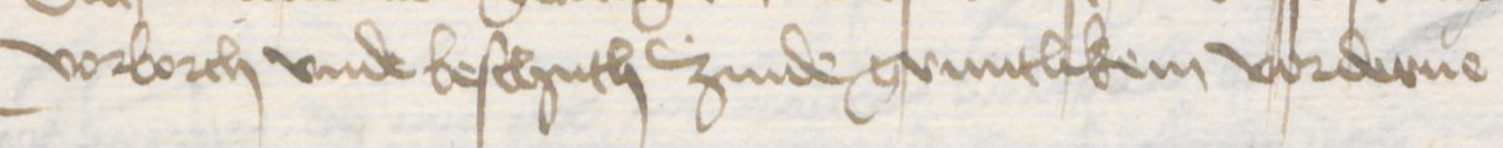
Transcription: vorborch vnde beschuth zinde gruntlikem vorderue